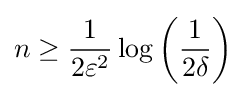
n\geq {\frac {1}{2\varepsilon ^{2}}}\log \left({\frac {1}{2\delta }}\right)